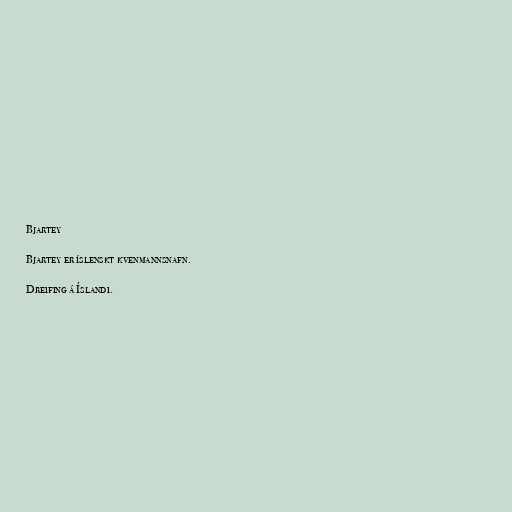
Bjartey

Bjartey er íslenskt kvenmannsnafn.

Dreifing á Íslandi.